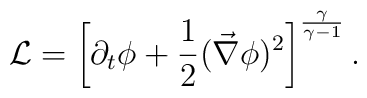
{\cal L}=\left[\partial_t\phi+\frac{1}{2}\big(\vec\nabla\phi)^2\right]^{\frac{\gamma}{\gamma-1}}.